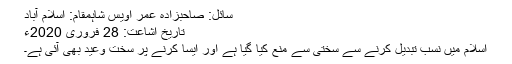
سائل: صاحبزادہ عمر اویس شاہمقام: اسلام آباد
تاریخ اشاعت: 28 فروری 2020ء
اسلام میں نسب تبدیل کرنے سے سختی سے منع کیا گیا ہے اور ایسا کرنے پر سخت وعید بھی آئی ہے۔